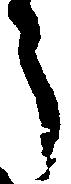
う